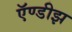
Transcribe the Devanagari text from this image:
ऍण्डीझ